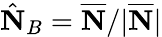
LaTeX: \hat{\mathbf N}_{B}=\overline{{\mathbf N}}/|\overline{{\mathbf N}}|